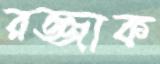
রজ্জাক